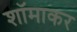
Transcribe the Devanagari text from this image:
शॉमाकर